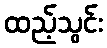
ထည့်သွင်း